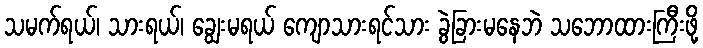
သမက်ရယ်၊ သားရယ်၊ ချွေးမရယ် ကျောသားရင်သား ခွဲခြားမနေဘဲ သဘောထားကြီးဖို့